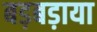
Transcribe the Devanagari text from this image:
बड़बड़ाया